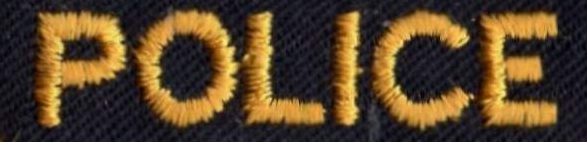
POLICE